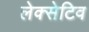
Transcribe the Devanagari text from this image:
लेक्सेटिव